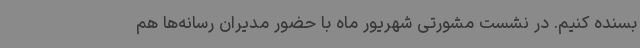
بسنده کنیم. در نشست مشورتی شهریور ماه با حضور مدیران رسانه‌ها هم